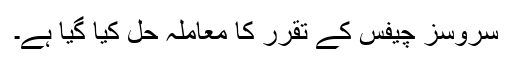
سروسز چیفس کے تقرر کا معاملہ حل کیا گیا ہے۔